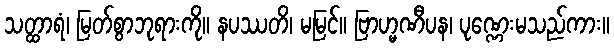
သတ္ထာရံ၊ မြတ်စွာဘုရားကို။ နပဿတိ၊ မမြင်။ ဗြာဟ္မဏီပန၊ ပုဏ္ဏေးမသည်ကား။